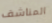
المناشف